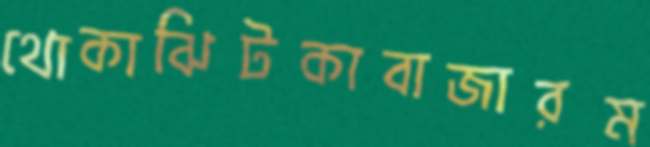
থোকাঝিটকাবাজারম